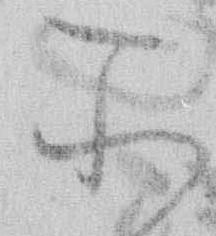
所